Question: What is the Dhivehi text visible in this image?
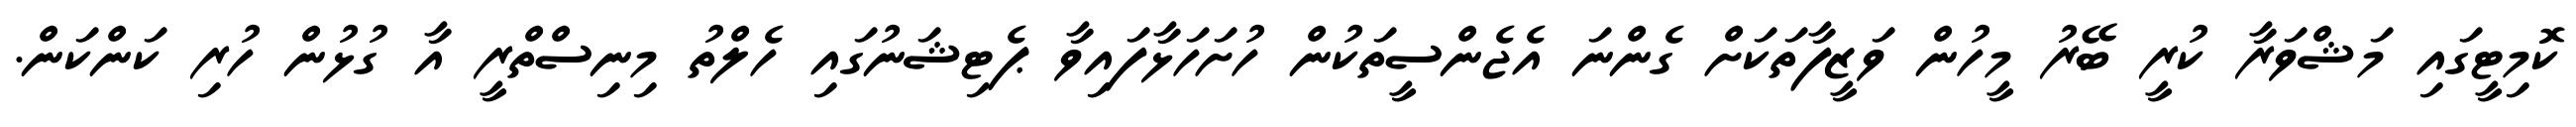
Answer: ކޮމިޓީގައި މަޝްވަރާ ކުރީ ބޭރު މީހުން ވަޒީފާތަކަށް ގެންނަ އެޖެންސީތަކުން ހުށަހަޅާފައިވާ ޕެޓިޝަނުގައި ހެލްތު މިނިސްތްރީ އާ ގުޅުން ހުރި ކަންކަން.